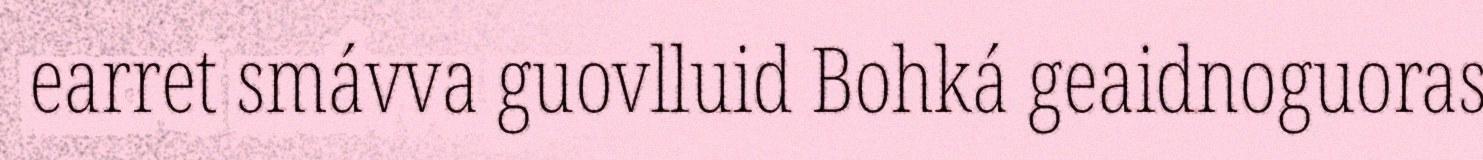
earret smávva guovlluid Bohká geaidnoguoras